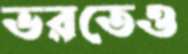
ভরতেও